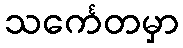
သင်္ကေတမှာ